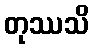
တုဿသိ